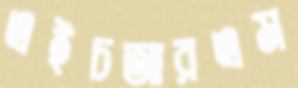
এইচআরএম